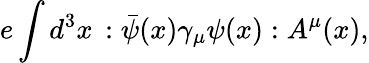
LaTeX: e\int d^{3}x\, :\bar{\psi}(x)\gamma_{\mu}\psi(x):A^{\mu}(x),